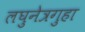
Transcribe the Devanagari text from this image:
लघुनेत्रगुहा